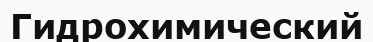
Гидрохимический